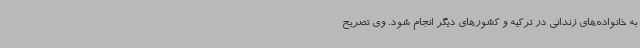
به خانواده‌های زندانی در ترکیه و کشورهای دیگر انجام شود. وی تصریح